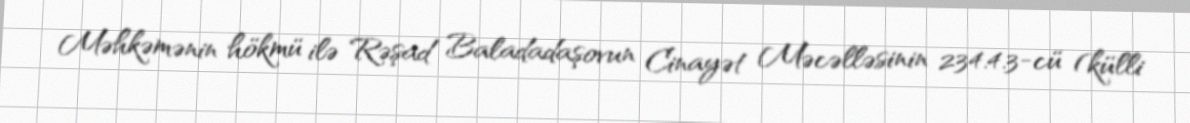
Məhkəmənin hökmü ilə Rəşad Baladadaşovun Cinayət Məcəlləsinin 234.4.3-cü (külli